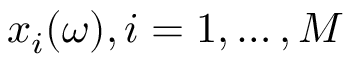
x _ { i } ( \omega ) , i = 1 , \ldots , M